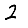
Digit: 2